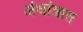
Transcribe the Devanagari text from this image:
अंधांत्रात